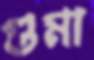
গুমা